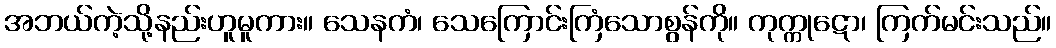
အဘယ်ကဲ့သို့နည်းဟူမူကား။ သေနကံ၊ သေကြောင်းကြံသောစွန်ကို။ ကုက္ကုဋော၊ ကြက်မင်းသည်။